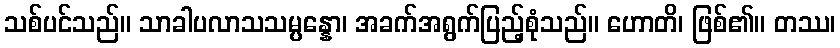
သစ်ပင်သည်။ သာခါပလာသသမ္ပန္နော၊ အခက်အရွက်ပြည့်စုံသည်။ ဟောတိ၊ ဖြစ်၏။ တဿ၊